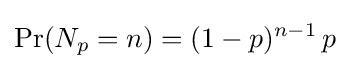
\Pr(N_{p}=n)=(1-p)^{n-1}\,p